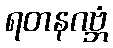
ရတနဂဗ္ဘံ